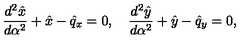
{ \frac { d ^ { 2 } \hat { x } } { d \alpha ^ { 2 } } } + \hat { x } - \hat { q } _ { x } = 0 , \quad { \frac { d ^ { 2 } \hat { y } } { d \alpha ^ { 2 } } } + \hat { y } - \hat { q } _ { y } = 0 ,